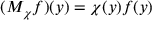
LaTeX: ( M _ { \chi } f ) ( y ) = \chi ( y ) f ( y )